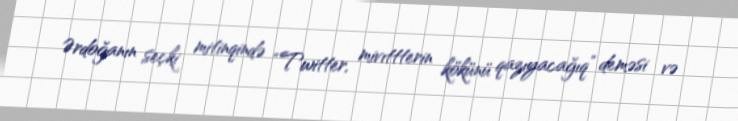
Ərdoğanın seçki mitinqində “Twitter, mivıttterin kökünü qazıyacağıq” deməsi və